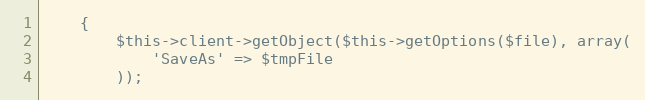
Language: PHP
    {
        $this->client->getObject($this->getOptions($file), array(
            'SaveAs' => $tmpFile
        ));